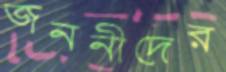
জননীদের